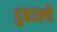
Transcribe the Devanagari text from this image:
दुहाल्दे